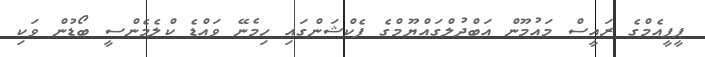
ޕީޕީއެމްގެ ރައީސް މައުމޫން އަބްދުލްގައްޔޫމްގެ ފެކްޝަންގައި ހިމެނޭ ވައްޑެ ކްލެމެންސީ ބޯޑުން ވަކި